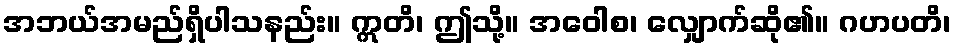
အဘယ်အမည်ရှိပါသနည်း။ ဣတိ၊ ဤသို့။ အဝေါစ၊ လျှောက်ဆို၏။ ဂဟပတိ၊